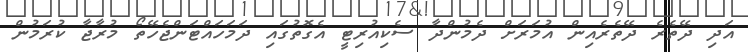
އަދި ދޭތެރެ ދޭތެރެއިން އުމަރަށް ދެމުންދާ ސެކިއުރިޓީ އެގޮތުގައި ދަމަހައްޓަންޖެހޭތޯ މުރާޖާ ކުރަމުން